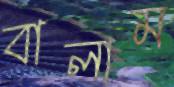
বালাম